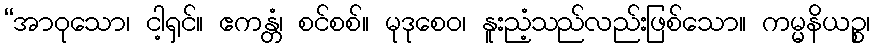
“အာဝုသော၊ ငါ့ရှင်။ ဧကန္တံ၊ စင်စစ်။ မုဒုစေဝ၊ နူးညံ့သည်လည်းဖြစ်သော။ ကမ္မနိယဉ္စ၊